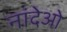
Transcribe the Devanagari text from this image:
नांदेओ